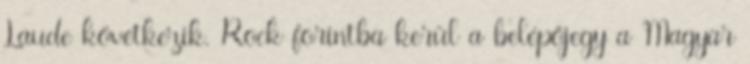
Laude következik. Rock forintba kerül a belépőjegy a Magyar